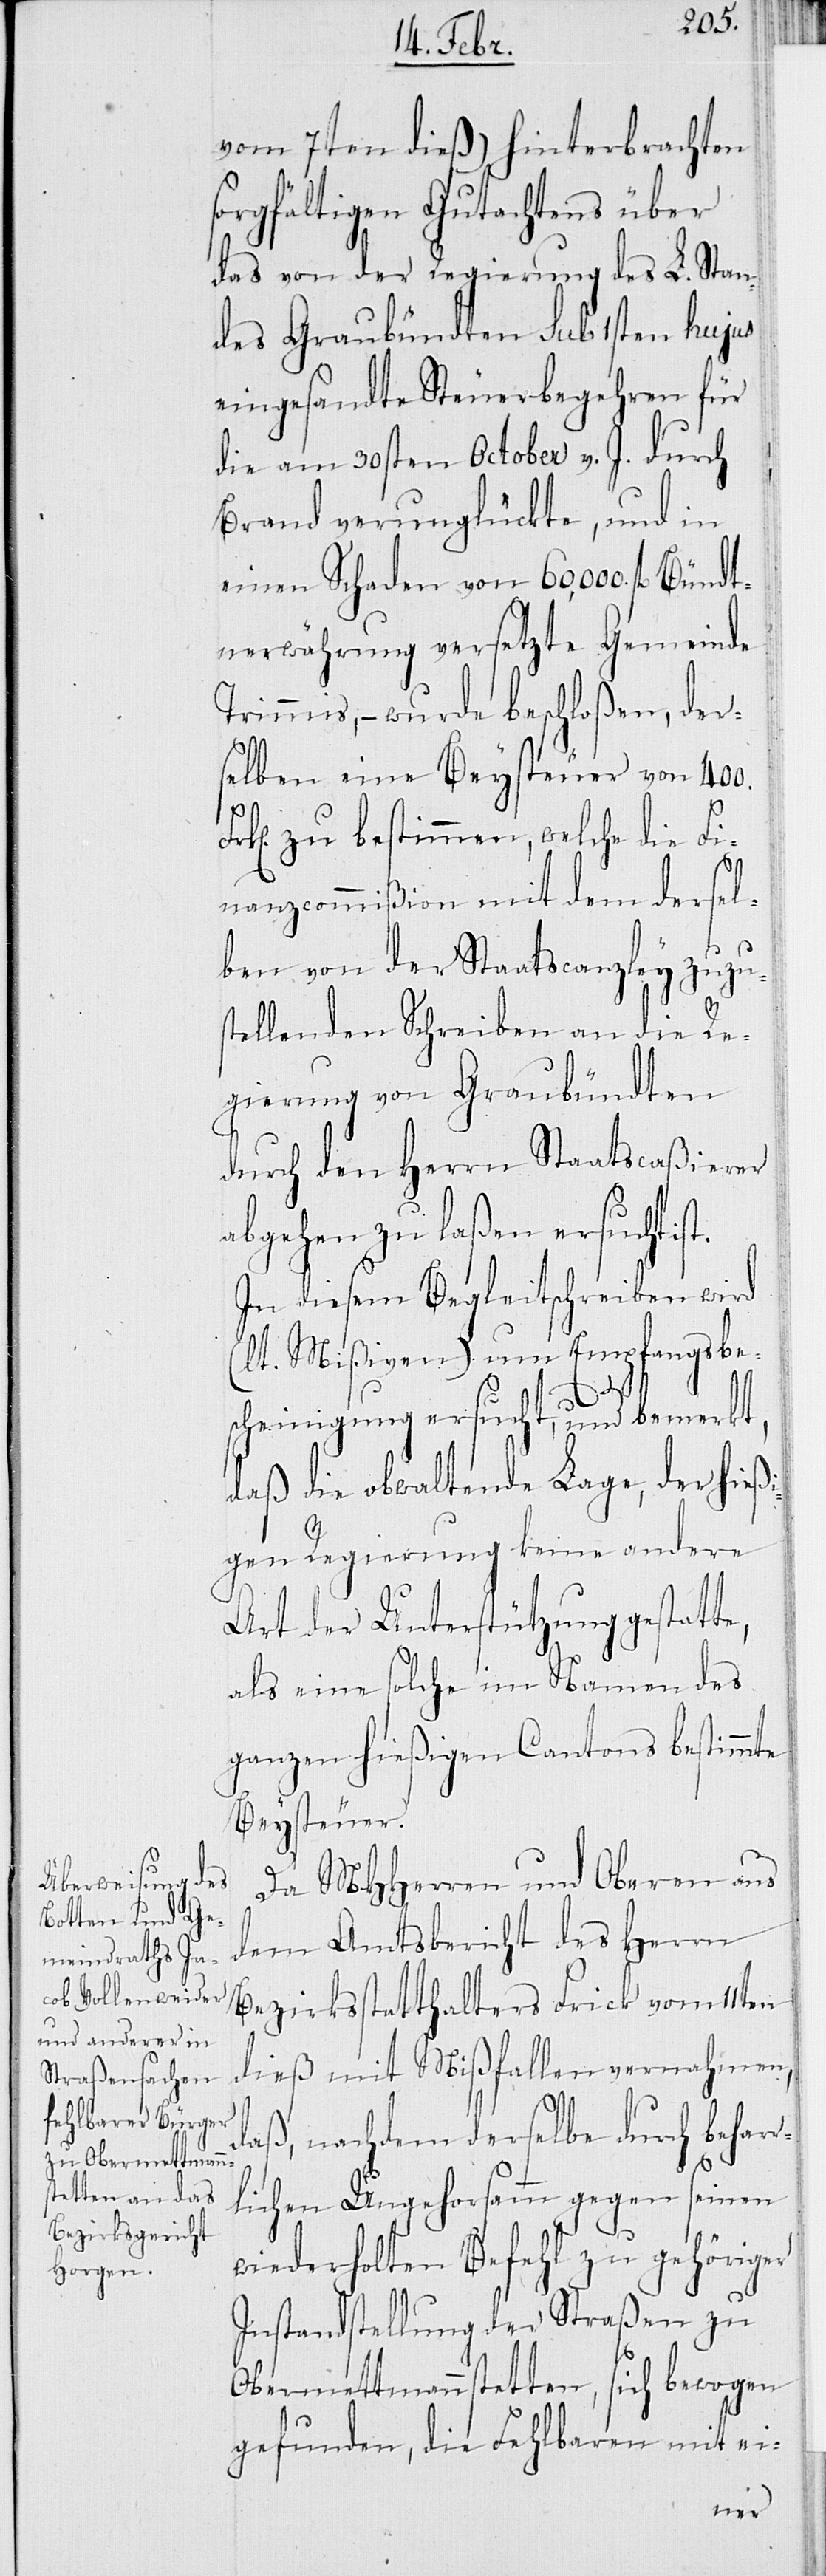
vom 7ten dieß) hinterbrachten
sorgfältigen Gutachtens über
das von der Regierung des L. Stan¬
des Graubündten sub 1sten hujus
eingesandte Steuerbegehren für
die am 30sten October v. J. durch
Brand verunglückte, und in
einen Schaden von 60,000. fl. Bündt¬
nerwährung versetzte Gemeinde
Trimmis, – wurde beschloßen, der¬
selben eine Beysteuer von 400.
zu bestimmen welche die Fi¬
nanzcommißion mit dem dersel¬
ben von der Staatscanzley zuzus¬
tellenden Schreiben an die Re¬
gierung von Graubündten
durch den Herrn Staatscaßierer
abgehen zu laßen ersucht is¬
In diesem Begleitschreiben wird
(lt. Mißiven) um Empfangsbe¬
r¬
scheinigung ersucht, und bemerkt,
daß die obwaltende Lage, der hießi¬
gen Regierung keine andere
Art der Unterstützung gestatte,
als eine solche im Namen des
ganzen hießigen Cantons bestimmte
Beysteuer.
Da MHHerren und Oberen aus
dem Amtsbericht des Herrn
Bezirksstatthalters Frick vom 11ten
dieß mit Mißfallen vernehmen,
daß, nachdem derselbe durch behar¬
lichen Ungehorsamm gegen seinen
wiederholten Befehl zu gehöriger
Instandstellung der Straßen zu
Obermettmannstetten, sich bewogen
gefunden, die Fehlbaren mit ei-